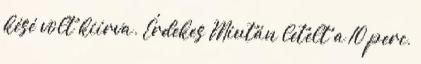
késé volt kiírva. Érdekes Miután letelt a 10 perc,